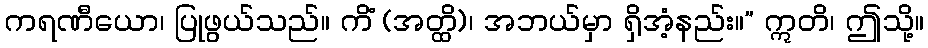
ကရဏီယော၊ ပြုဖွယ်သည်။ ကိံ (အတ္ထိ)၊ အဘယ်မှာ ရှိအံ့နည်း။” ဣတိ၊ ဤသို့။